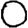
Digit: 0